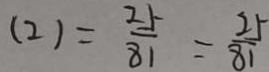
( 2 ) = \frac { 2 5 } { 8 1 } = \frac { 2 5 } { 8 1 }